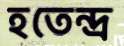
হতেন্দ্র